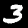
Label: 3